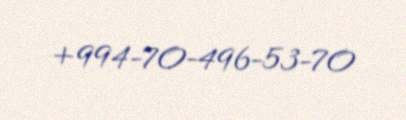
+994-70-496-53-70